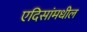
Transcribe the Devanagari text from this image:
एदिसांमधील